Annual report on the working of the mental hospitals in the Madras Presidency - 1912-1932
Year: 1912
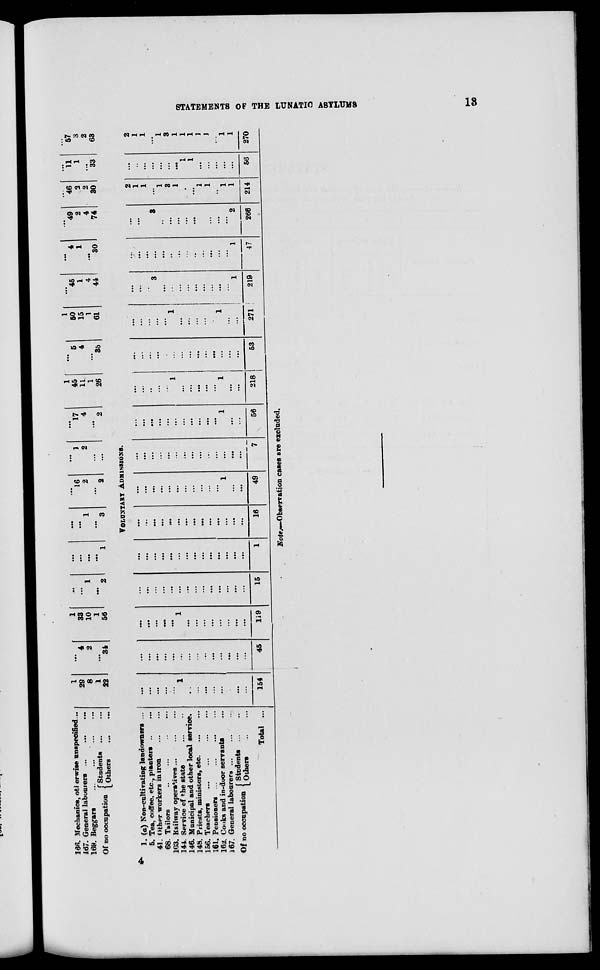
STATEMENTS OF THE LUNATIC ASYLUMS
13
166. Mechanics, otherwise unspecified ...
167. General labourers
...
...
...
169. Beggars
...
...
...
...
Of no occupation Students ... ...
Others ... ...
1
29
8
1
22
...
4
2
...
34
1
33
10
1
56
...
...
1
...
2
...
...
...
...
1
...
...
1
...
3
...
16
2
...
2
...
1
2
...
...
...
17
4
...
2
1
45
11
1
26
...
5
4
...
35
1
50
15
1
61
...
45
1
4
44
...
4
1
...
30
...
49
2
4
74
...
46
2
2
30
...
11
1
...
33
...
57
3
2
63
VOLUNTARY ADMISSIONS.
1. (a) Non-cultivating landowners ...
5. Tea, coffee, etc., planters
...
...
41. Other workers in iron ... ...
68. Tailors
...
...
...
...
103. Railway operatives
...
...
...
144. Service of the state ... ...
146. Municipal and other local service.
148. Priests, ministers, etc.
...
...
156. Teachers ... ... ... ...
161. Pensioners
...
...
...
...
162. Cooks and in-door servants ...
167. General labourers ... ... ...
Of no occupation Students
...
...
Others
...
...
Total ...
...
...
...
...
...
1
...
...
...
...
...
...
...
...
154
...
...
...
...
...
...
...
...
...
...
...
...
...
...
45
...
...
...
...
...
1
...
...
...
...
...
...
...
...
199
...
...
...
...
...
...
...
...
...
...
...
...
...
...
15
...
...
...
...
...
...
...
...
...
...
...
...
...
...
1
...
...
...
...
...
...
...
...
...
...
...
...
...
...
16
...
...
...
...
...
...
...
...
...
...
...
1
...
...
49
...
...
...
...
...
...
...
...
...
...
...
...
...
...
7
...
...
...
...
...
...
...
...
...
...
...
1
...
...
56
...
...
...
...
...
1
...
...
...
...
...
1
...
...
218
...
...
...
...
...
...
...
...
...
...
...
...
...
...
53
...
...
...
...
...
1
...
...
...
...
...
1
...
...
271
...
...
...
3
...
...
...
...
...
...
...
...
...
1
219
...
...
...
...
...
...
...
...
...
...
...
...
...
1
47
...
...
...
3
..
...
...
...
...
...
...
...
...
2
266
2
1
1
...
1
3
1
...
...
1
1
...
1
1
214
...
...
...
...
...
...
...
1
1
...
...
...
...
...
56
2
1
1
...
1
3
1
1
1
1
1
...
1
1
270
Note.—Observation cases are excluded.
4